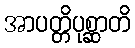
အာပတ္တိပုစ္ဆာတိ